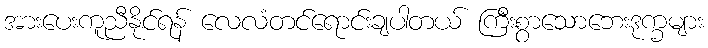
အားပေးကူညီနိုင်ရန် လေလံတင်ရောင်းချပါတယ် ကြီးစွာသောဘေးဒုက္ခများ